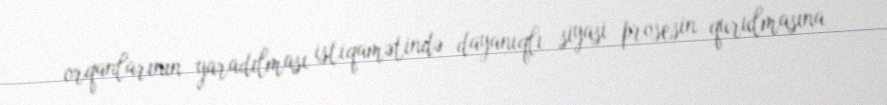
orqanlarının yaradılması istiqamətində dayanıqlı siyasi prosesin qurulmasına